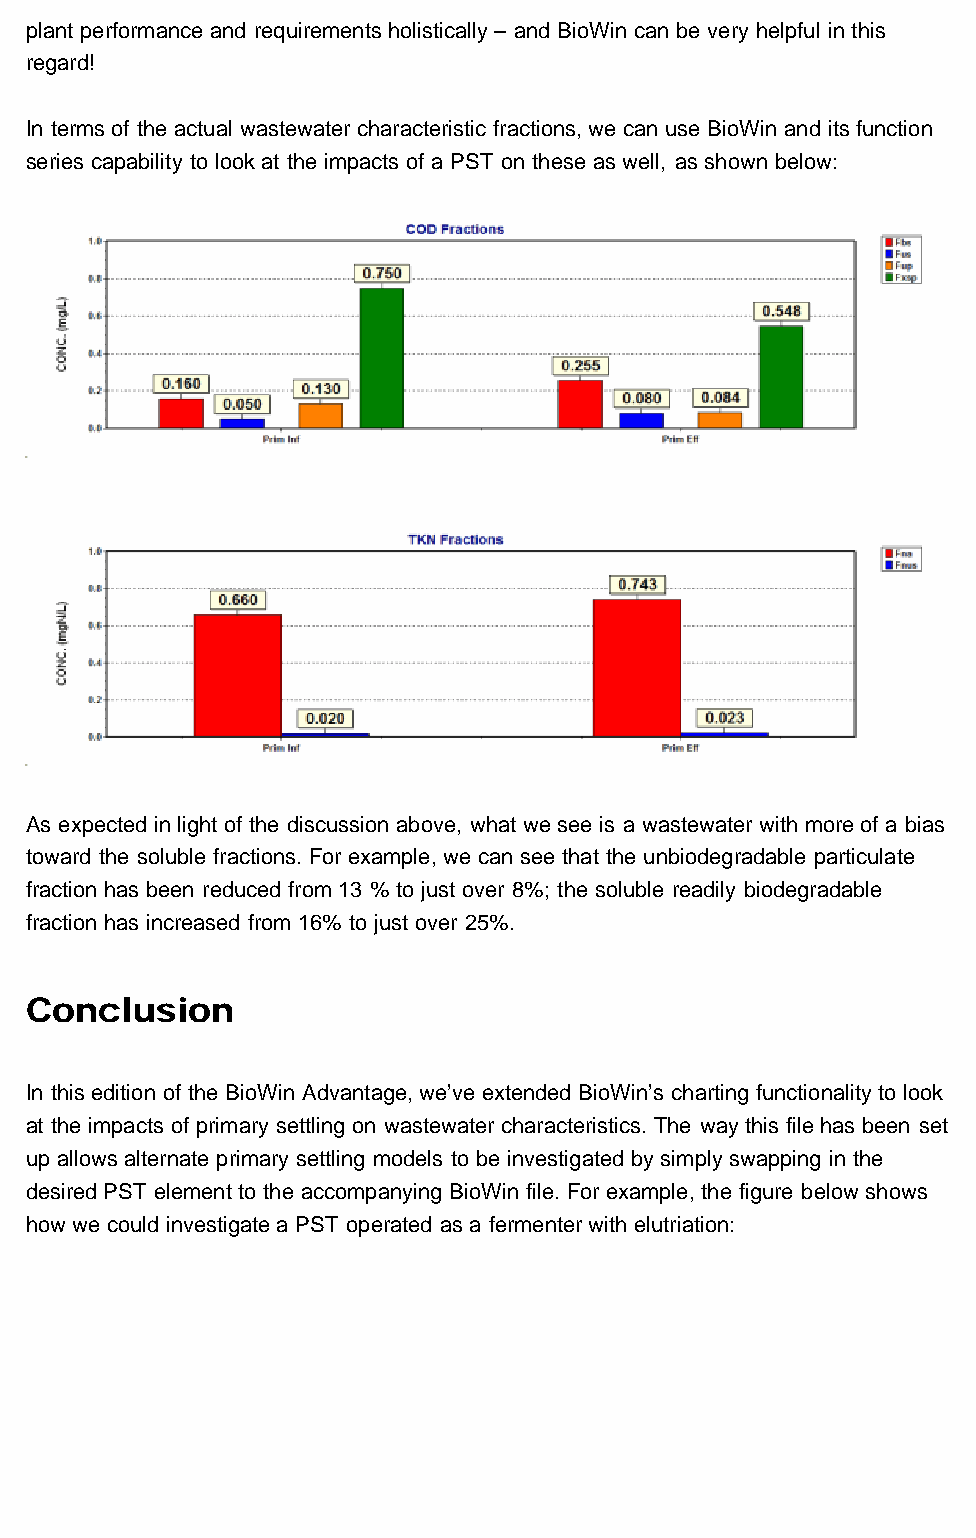
The BioWin Advantage
 plant performance and requirements holistically – and BioWin can be very helpful in this
 regard!
 In terms of the actual wastewater characteristic fractions, we can use BioWin and its function
 series capability to look at the impacts of a PST on these as well, as shown below:
 As expected in light of the discussion above, what we see is a wastewater with more of a bias
 toward the soluble fractions. For example, we can see that the unbiodegradable particulate
 fraction has been reduced from 13 % to just over 8%; the soluble readily biodegradable
 fraction has increased from 16% to just over 25%.
 Conclusion
 In this edition of the BioWin Advantage, we’ve extended BioWin’s charting functionality to look
 at the impacts of primary settling on wastewater characteristics. The way this file has been set
 up allows alternate primary settling models to be investigated by simply swapping in the
 desired PST element to the accompanying BioWin file. For example, the figure below shows
 how we could investigate a PST operated as a fermenter with elutriation:
 http://us2.campaign-archive1.com/?u=fe20f7a27093b494aa30c4ba6&id=006345251b&e=[UNIQID][27/04/2012 9:38:34 AM]